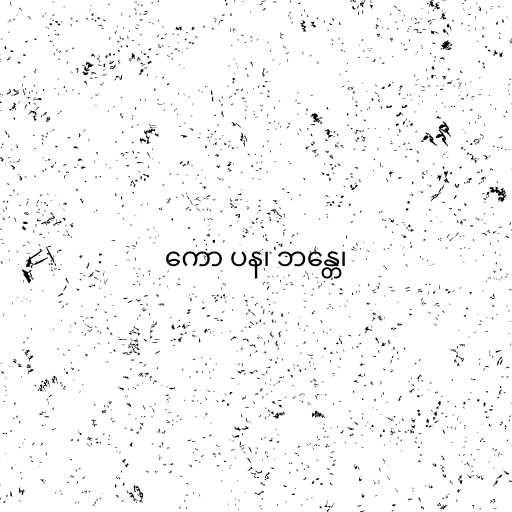
ကော ပန၊ ဘန္တေ၊